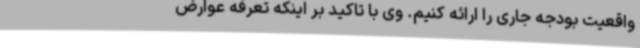
واقعیت بودجه جاری را ارائه کنیم. وی با تاکید بر اینکه تعرفه عوارض